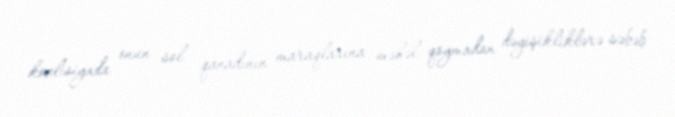
koalisiyada onun sol qanadının maraqlarına məhəl qoymadan dəyişikliklərə səbəb